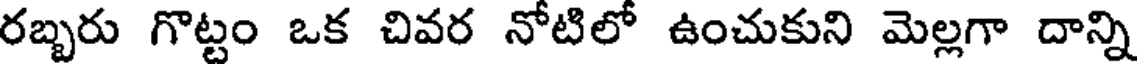
రబ్బరు గొట్టం ఒక చివర నోటిలో ఉంచుకుని మెల్లగా దాన్ని